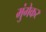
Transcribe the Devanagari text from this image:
मुंगेकर